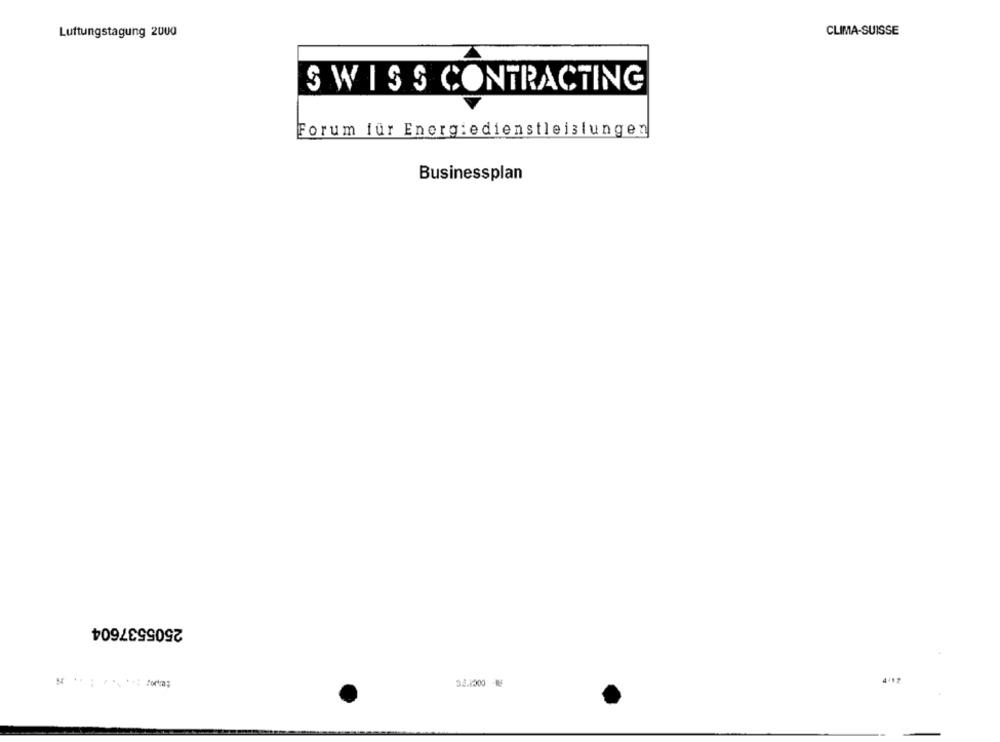
Luftungstagung 2000
CLIMA-SUISSE
SWISS CONTRACTING
Forum für Energiedienstleistungen
Businessplan
2505537604
$2.1000